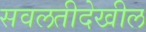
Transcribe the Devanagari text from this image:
सवलतीदेखील